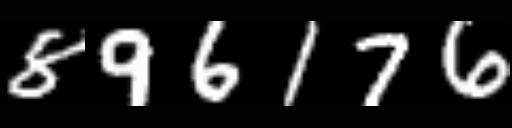
Text: 896176